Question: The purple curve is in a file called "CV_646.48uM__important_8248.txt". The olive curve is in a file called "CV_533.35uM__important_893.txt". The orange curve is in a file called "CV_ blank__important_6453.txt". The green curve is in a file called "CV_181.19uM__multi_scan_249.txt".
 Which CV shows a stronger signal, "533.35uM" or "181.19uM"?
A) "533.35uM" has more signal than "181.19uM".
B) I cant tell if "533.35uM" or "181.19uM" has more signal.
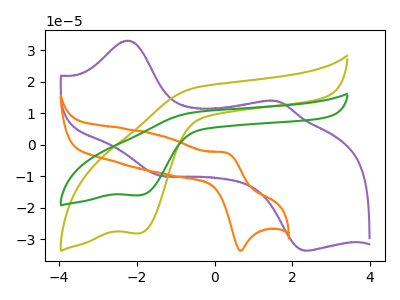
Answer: <think>The purple curve "646.48uM" has anodic peaks at (-2.20V, 33.10uA) (1.60V, 13.85uA) and cathodic peaks at (-1.40V, -9.80uA) (2.35V, -33.70uA). The olive curve "533.35uM" has a cathodic peak at: (-1.90V, -28.15uA). The orange curve " blank" has an anodic peak at (0.30V, -2.55uA) and a cathodic peak at (0.65V, -33.75uA). The green curve "181.19uM" has a cathodic peak at: (-1.90V, -16.10uA).
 All the peaks in "533.35uM" have a peak in "181.19uM" at the same potential. Every peak in "533.35uM" is higher than every peak in "181.19uM".</think>
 <answer>A) "533.35uM" has more signal than "181.19uM".</answer>
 <eval>A</eval>